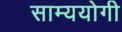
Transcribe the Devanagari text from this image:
साम्ययोगी